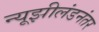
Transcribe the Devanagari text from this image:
न्यूझीलंडनंतर